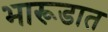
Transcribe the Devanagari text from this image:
भारूडात